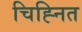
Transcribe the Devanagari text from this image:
चिह्‍नित